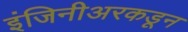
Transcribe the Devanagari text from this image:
इंजिनीअरकडून